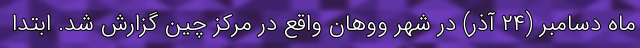
ماه دسامبر (۲۴ آذر) در شهر ووهان واقع در مرکز چین گزارش شد. ابتدا